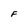
Character: F